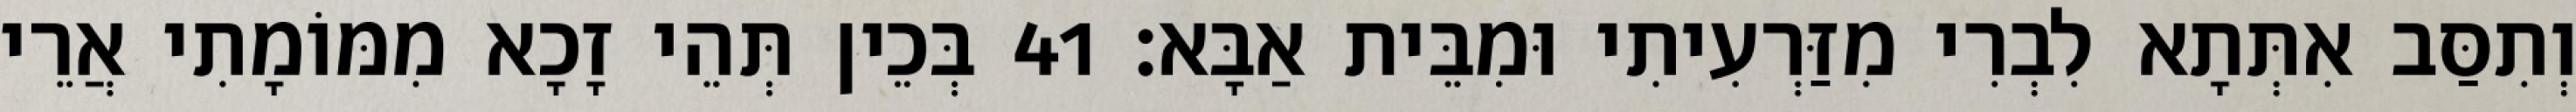
וְתִסַּב אִתְּתָא לִבְרִי מִזַּרְעִיתִי וּמִבֵּית אַבָּא׃ 41 בְּכֵין תְּהֵי זָכָא מִמּוֹמָתִי אֲרֵי